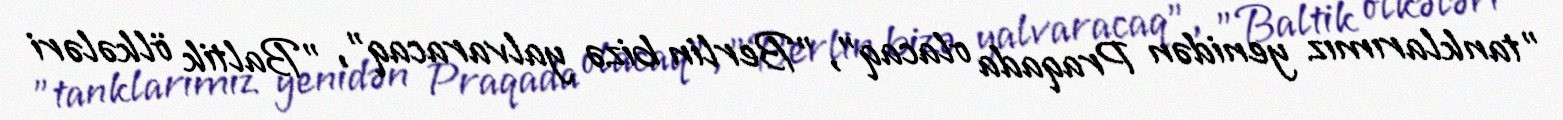
"tanklarımız yenidən Praqada olacaq", "Berlin bizə yalvaracaq", "Baltik ölkələri